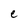
Character: e